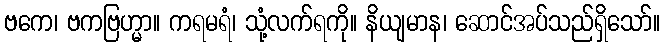
ဗကေ၊ ဗကဗြဟ္မာ။ ကရမရံ၊ သုံ့လက်ရကို။ နိယျမာန၊ ဆောင်အပ်သည်ရှိသော်။